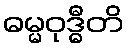
ဓမ္မဝုဒ္ဓီတိ